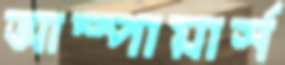
আম্পায়ার্স